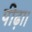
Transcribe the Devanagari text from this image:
पीढ़ा।